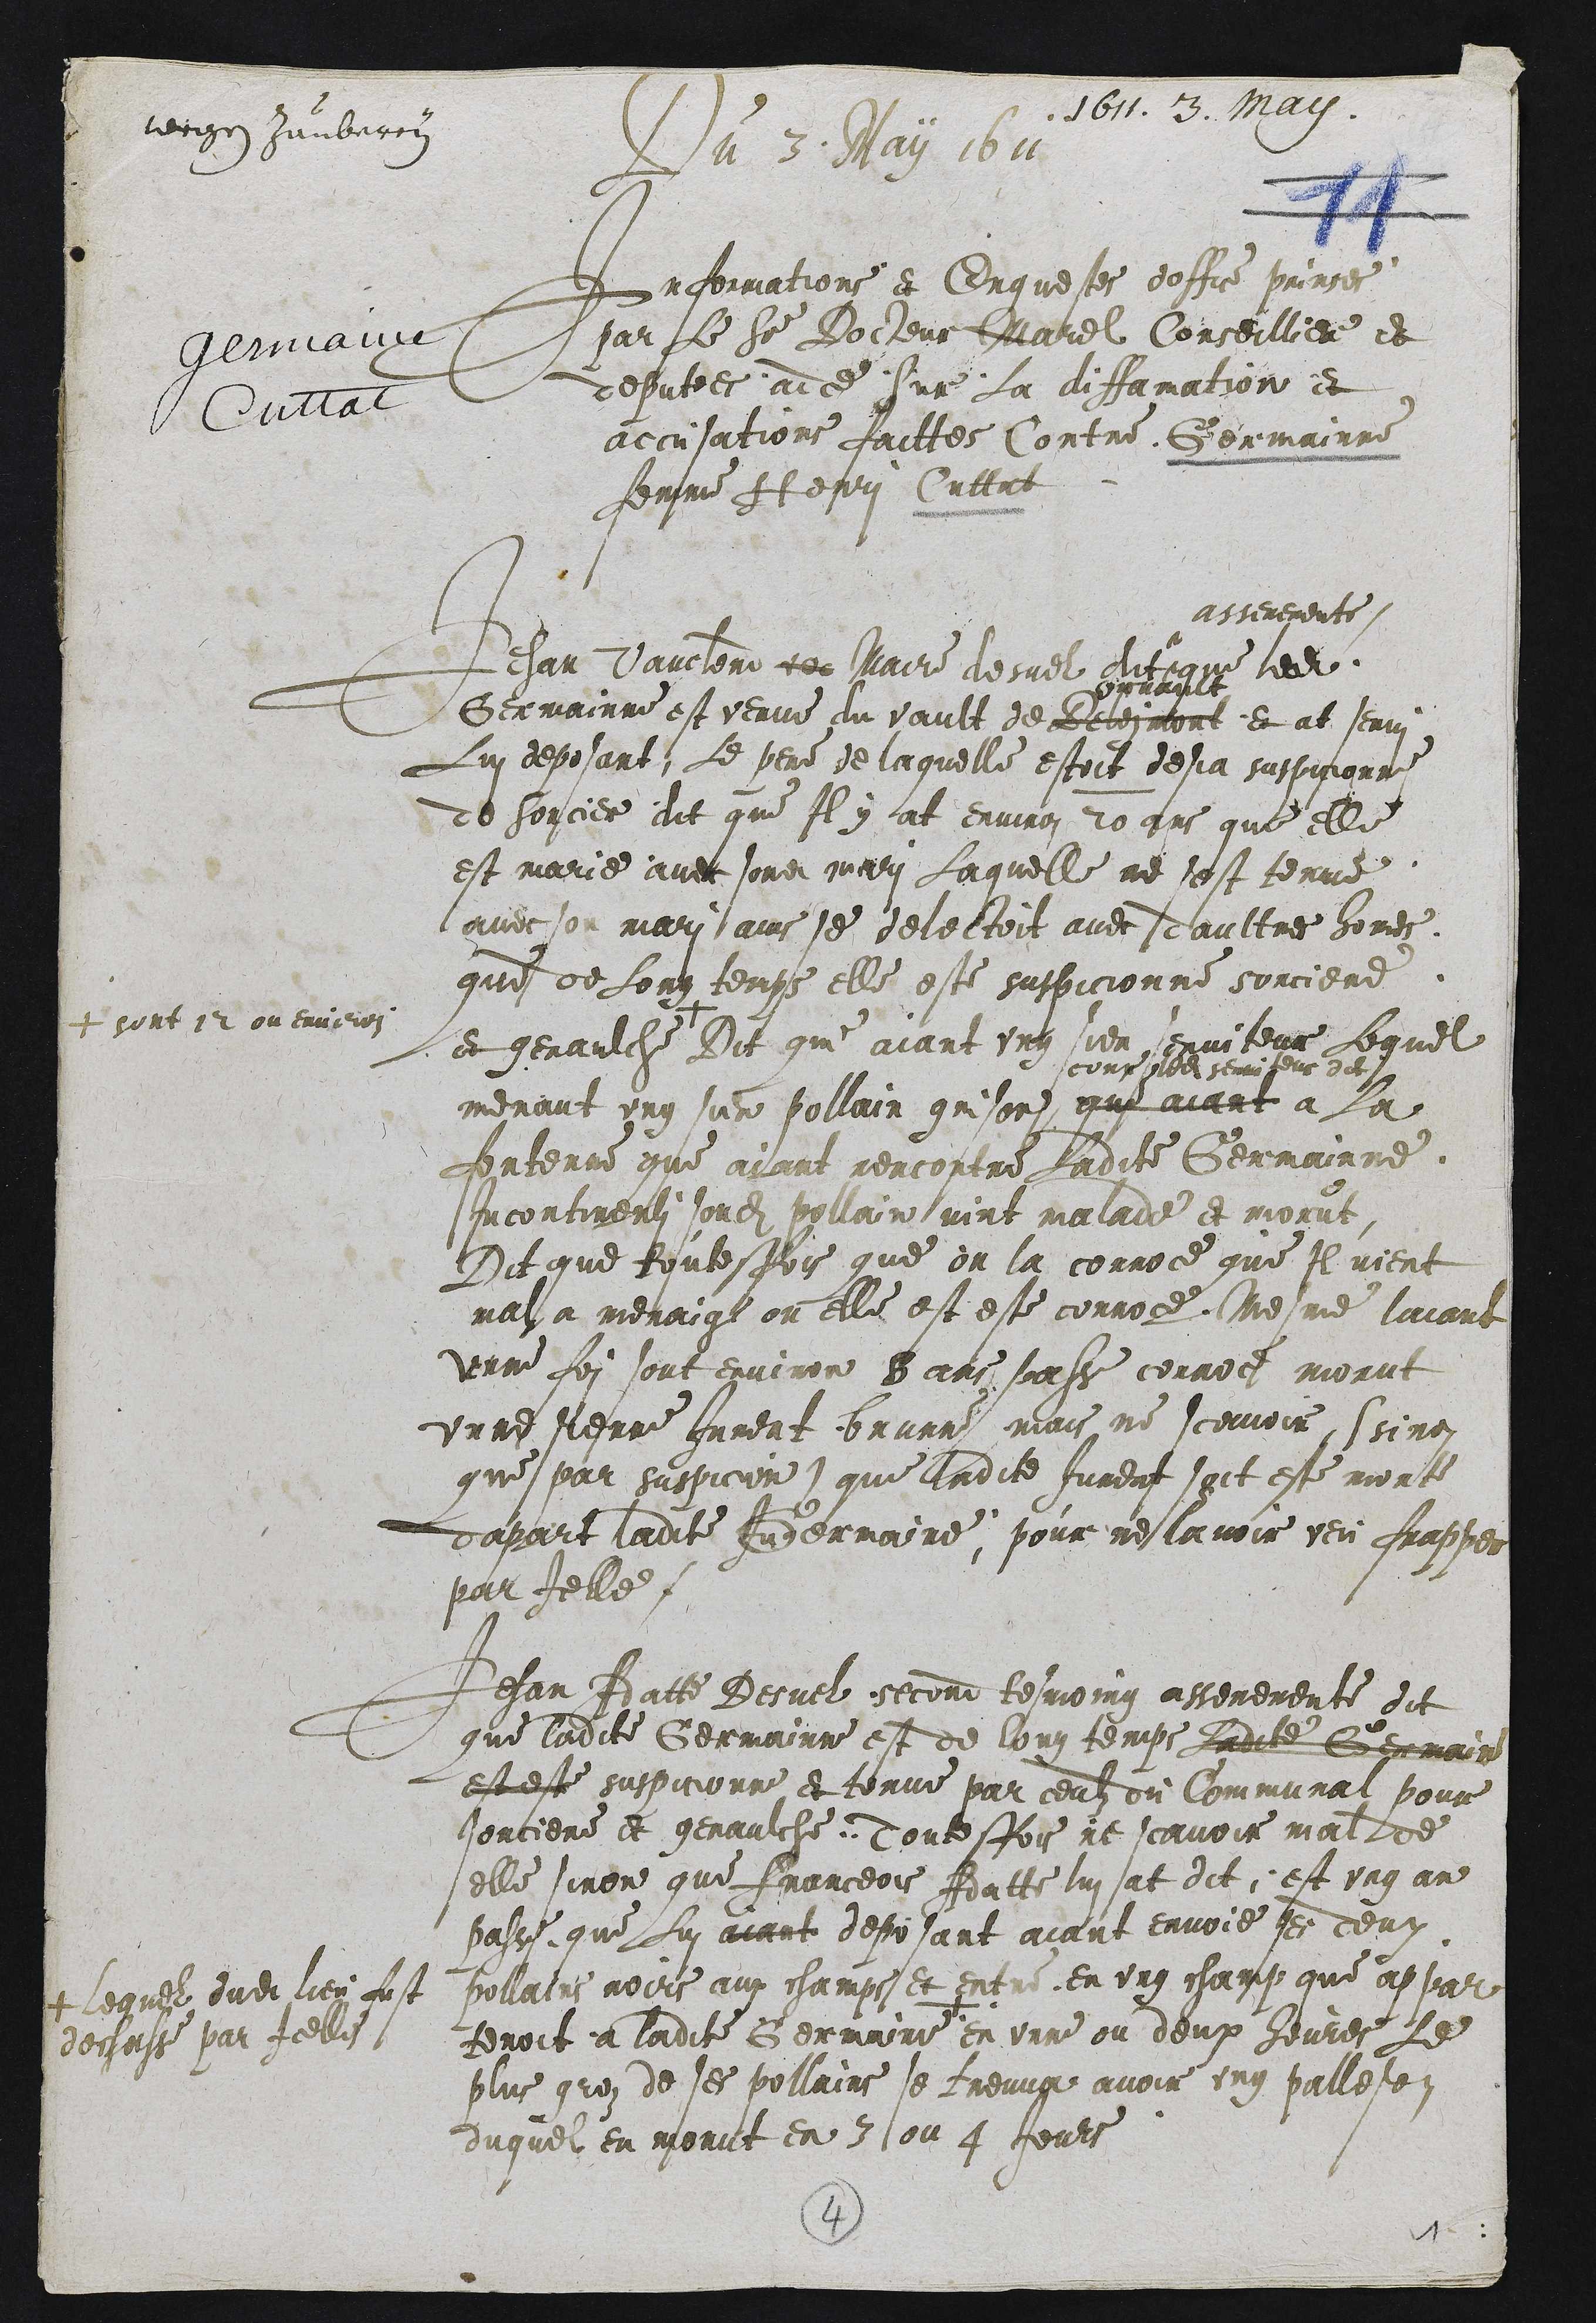
1611. 33. May.
wrgen Zamberey
Du 3 May 1611
Informations et Enquestes doffice prinses
par Le Sieur Docheur Marel Conseilliere et
deputees adce sur La diffamation et
accusations faittes Contre Germainne
femme Hepri Cuttat

Jehan Vaucherie cer Muaire desuel dit
asseremente
que ledit
Germainne est venue du vault de Reternort
vrrane
et at Jenri
Lui deposant, Le pere de laquelle estoit desja suspicionne
de sorcier dit que Il y at environ 20 ans que elle
est marie avec sondit mari Laquelle ne sest tenue
avec son mari ains se deleltoit avec daultres homes.
que de Long temps elle este suspicionne sorciere
et genaulche.
+ sont 12 ou environ
Dit qui aiant ung sien serviteur Lequel
menant ung sun pollain grison
coux noa semisers dit
que aiant à la
fontenne que avant rencontre Ladite Germainne
incontinenti sondit pollain vint malade et morut
Dit que toutesfois que on la corroce que Il vient
mai a menaine ou elle est este corroce. esme laiant
unne foi sont environ 8 ans paasse cerroce morut
unne sierre Jurent brunne mais ne scavoir, ssinon
que par suspicion) que ladite Jument soit este morte
dapart ladite Indermaine, pour meslavoir veu frappe
par felle

Jehan Adatte Desuel second tesmoing asseremente dit
que ladite Germainne est de long temps Ladite Germain
est este suspicionne et tenue par ceulz ou Communat pour
sorciere et genaulche, Toutesfois ne scavoir mal de
elle sinon que Franceois Adatte lui at dit, est ung an
passe que Lui aiant deposant aiant envoie ses deux
pollains noirs aux champs et entre en ung champ que appar
tenoit a ladite Germaine +
+ lequel dudit lieu fust
degusse par Icelles
en unne ou deux heures Le
plus groz de ses pollairs se treuva avoir ung pallesen
duquel en morut en 3 ou 4 Jours

4
1